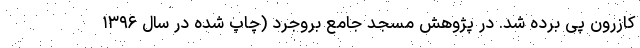
کازرون پی برده شد. در پژوهش مسجد جامع بروجرد (چاپ شده در سال ۱۳۹۶